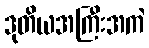
ဒုတိယအကြီးအကဲ